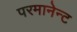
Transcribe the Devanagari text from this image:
परमानेन्ट